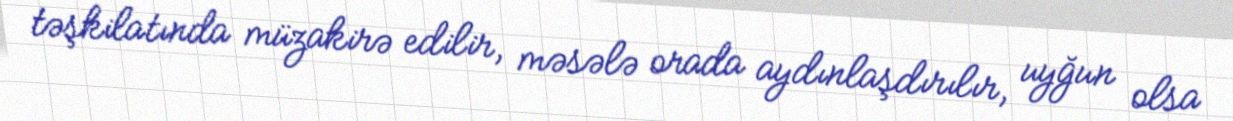
təşkilatında müzakirə edilir, məsələ orada aydınlaşdırılır, uyğun olsa